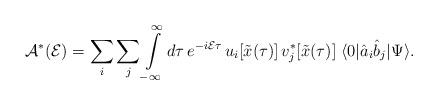
LaTeX: \begin{align*}{\cal A}^*({\cal E})=\sum_{i}\sum_{j}\int\limits_{-\infty}^{\infty} d\tau\, e^{-i {\cal E}\tau}\, u_{i}[{\tilde x}(\tau)]\, v_{j}^*[{\tilde x}(\tau)]\; \langle 0\vert {\hat a}_{i}{\hat b}_{j}\vert\Psi\rangle.\end{align*}